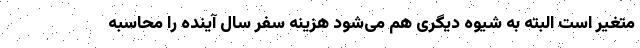
متغیر است البته به شیوه دیگری هم می‌شود هزینه سفر سال آینده را محاسبه